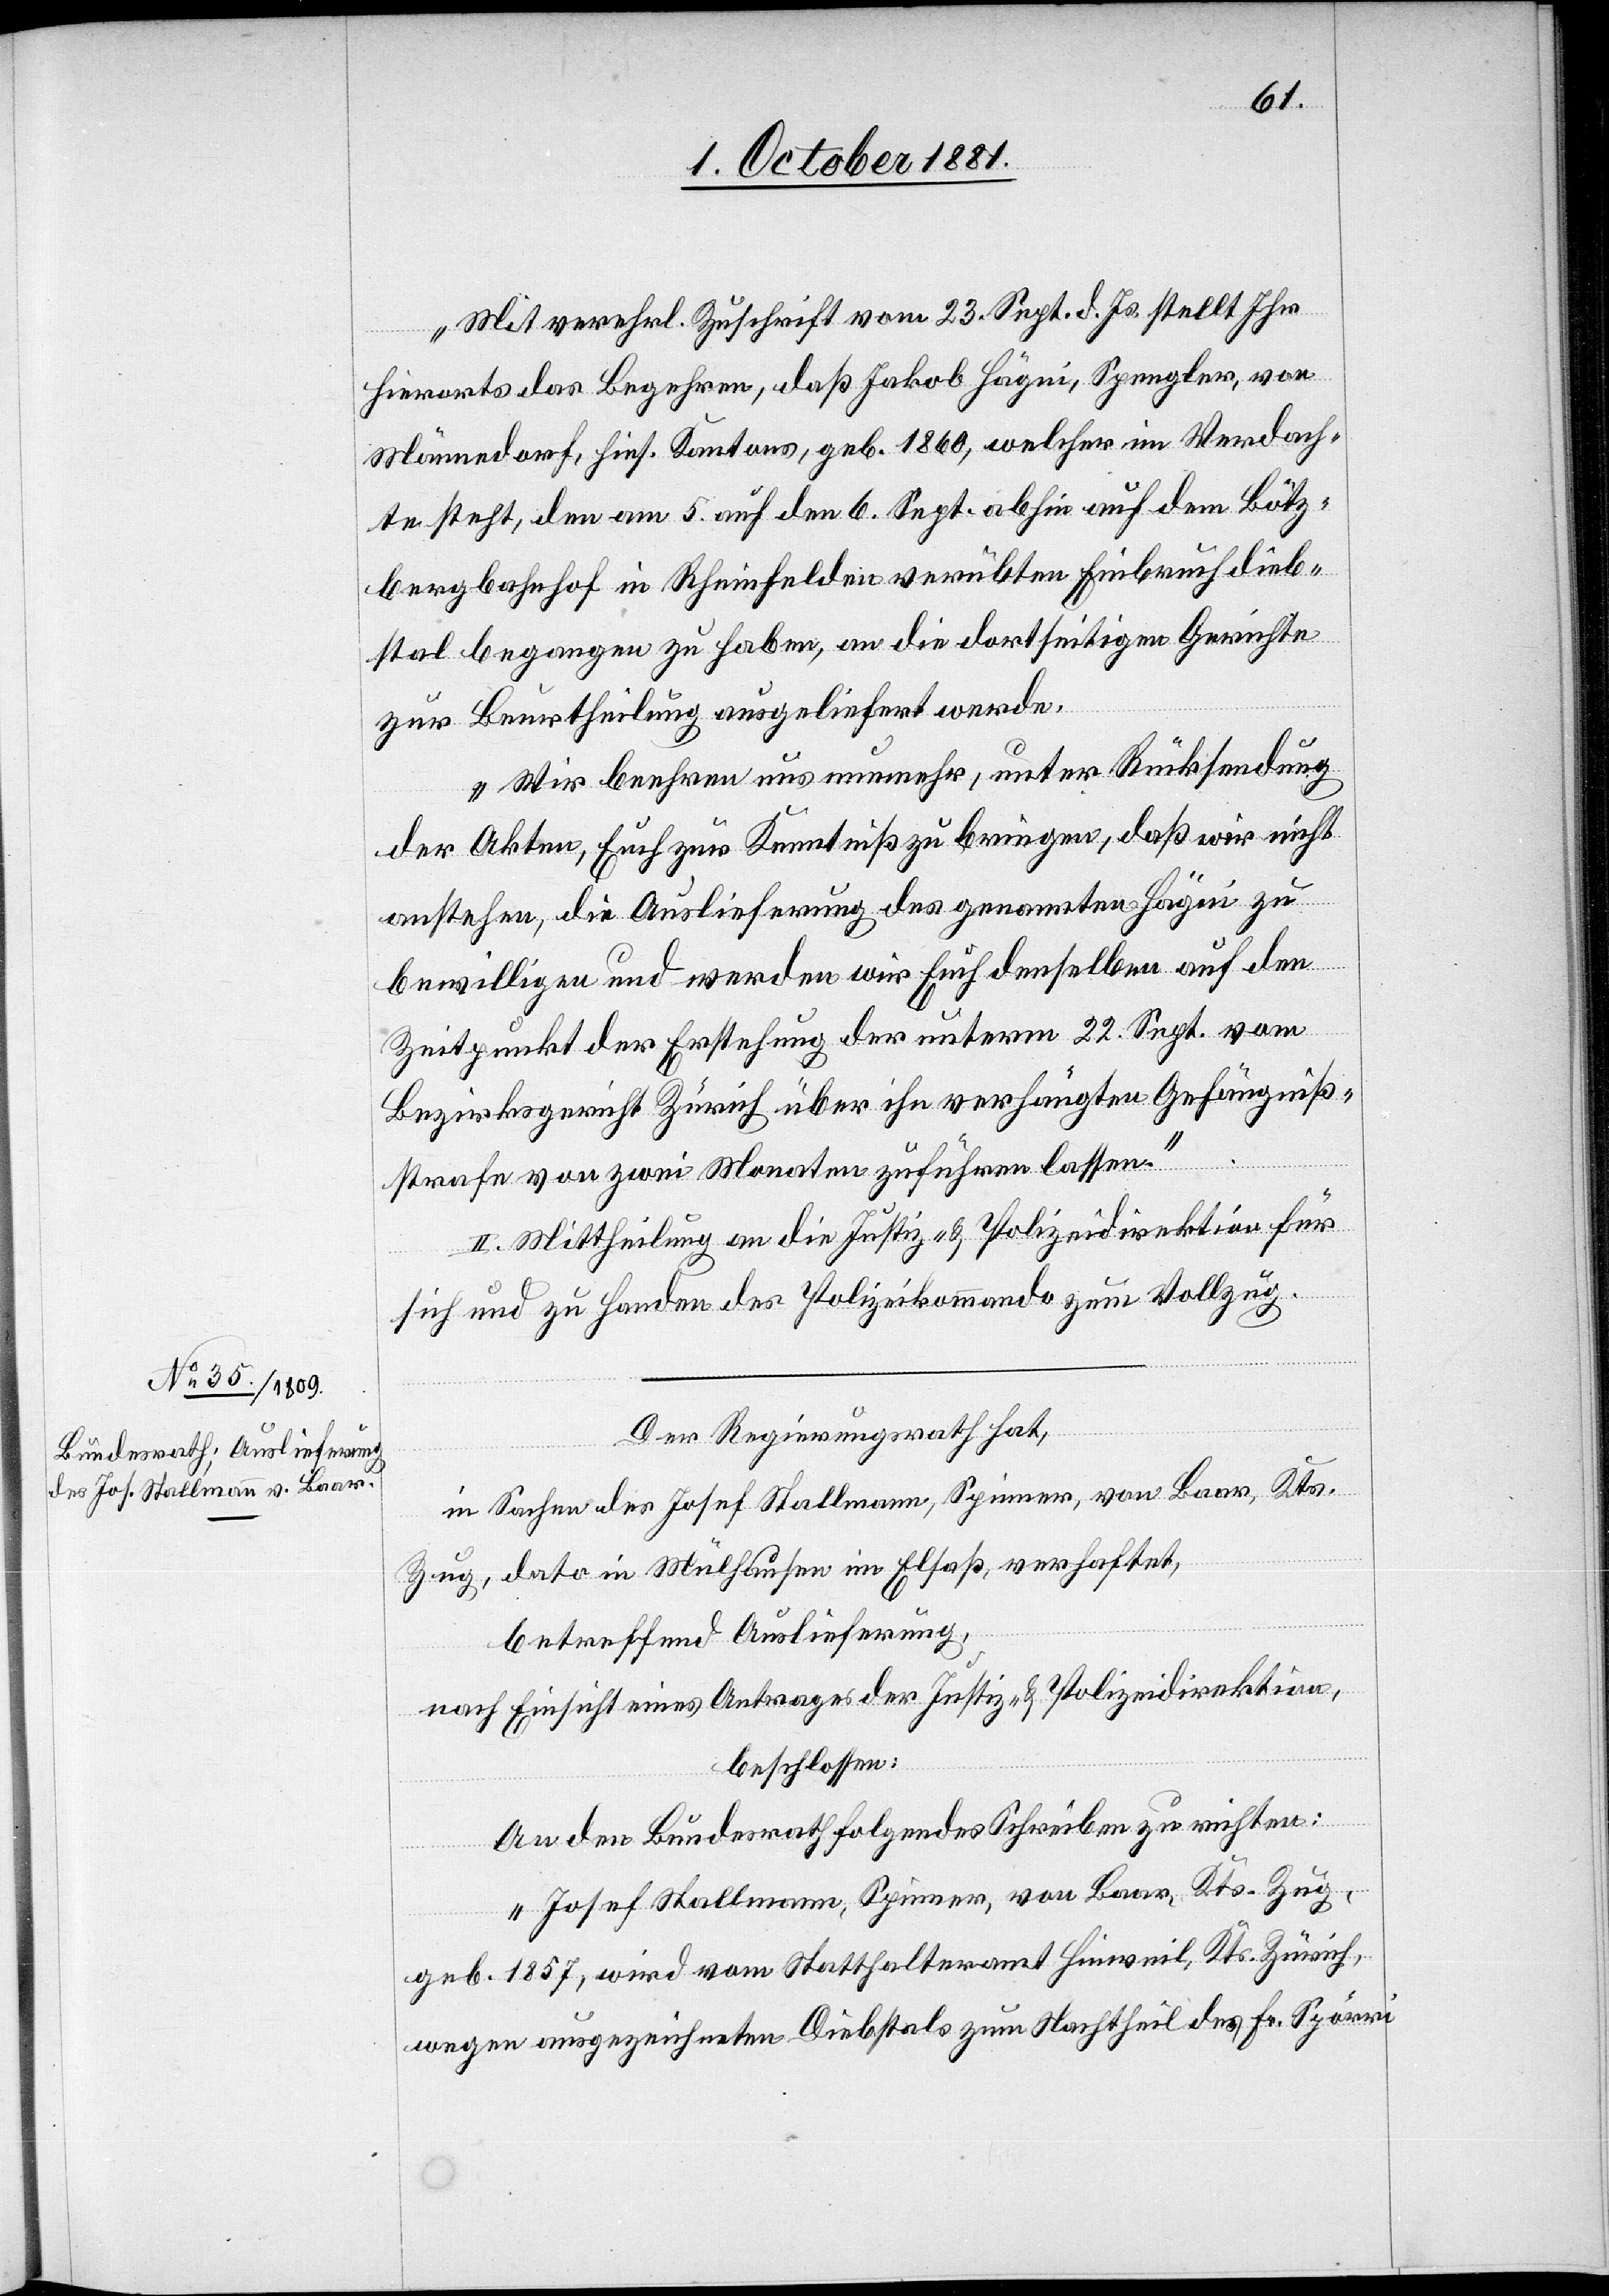
„Mit verehrl. Zuschrift vom 23. Sept. d. Js. stellt Ihr
hierorts das Begehren, daß Jakob Hägni, Spengler, von
Männedorf, hies. Kantons, geb. 1860, welcher im Verdach¬
te steht, den am 5. auf den 6. Sept. abhin auf dem Bötz¬
bergbahnhof in Rheinfelden verübten Einbruchdieb¬
stal begangen zu haben, an die dortseitigen Gerichte
zur Beurtheilung ausgeliefert werde.
Wir beehren uns nunmehr, unter Rücksendung
der Akten, Euch zur Kenntniß zu bringen, daß wir nicht
anstehen, die Auslieferung des genannten Hägni zu
bewilligen und werden wir Euch denselben auf den
Zeitpunkt der Erstehung der unterm 22. Sept. vom
Bezirksgericht Zürich über ihn verhängten Gefängniß¬
strafe von zwei Monaten zuführen lassen.“
II. Mittheilung an die Justiz- & Polizeidirektion für
sich und zu Handen des Polizeikommando zum Vollzug.
Der Regierungsrath hat,
in Sachen des Josef Stallmann, Spinner, von Baar, Kts.
Zug, dato in Mülhausen im Elsaß, verhaftet,
betreffend Auslieferung,
nach Einsicht eines Antrages der Justiz- & Polizeidirektion,
beschlossen:
An den Bundesrath folgendes Schreiben zu richten:
„Josef Stallmann, Spinner, von Baar, Kts. Zug,
geb. 1857, wird vom Statthalteramt Hinweil, Kts. Zürich,
wegen ausgezeichneten Diebstals zum Nachtheil der Fr. Spörri